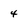
Character: 4